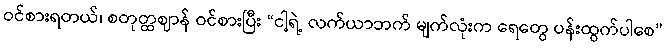
ဝင်စားရတယ်၊ စတုတ္ထဈာန် ဝင်စားပြီး “ငါ့ရဲ့ လက်ယာဘက် မျက်လုံးက ရေတွေ ပန်းထွက်ပါစေ”